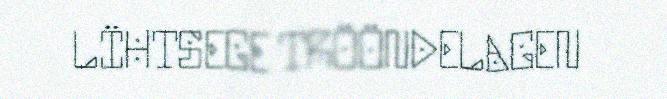
LÏHTSEGE TRÖÖNDELAGEN